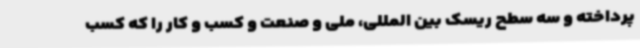
پرداخته و سه سطح ریسک بین المللی، ملی و صنعت و کسب و کار را که کسب